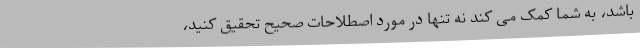
باشد، به شما کمک می کند نه تنها در مورد اصطلاحات صحیح تحقیق کنید،